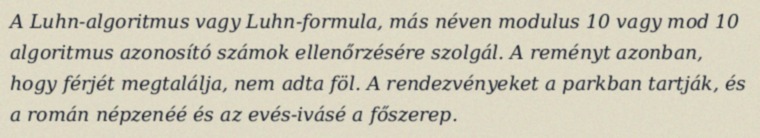
A Luhn-algoritmus vagy Luhn-formula, más néven modulus 10 vagy mod 10 algoritmus azonosító számok ellenőrzésére szolgál. A reményt azonban, hogy férjét megtalálja, nem adta föl. A rendezvényeket a parkban tartják, és a román népzenéé és az evés-ivásé a főszerep.